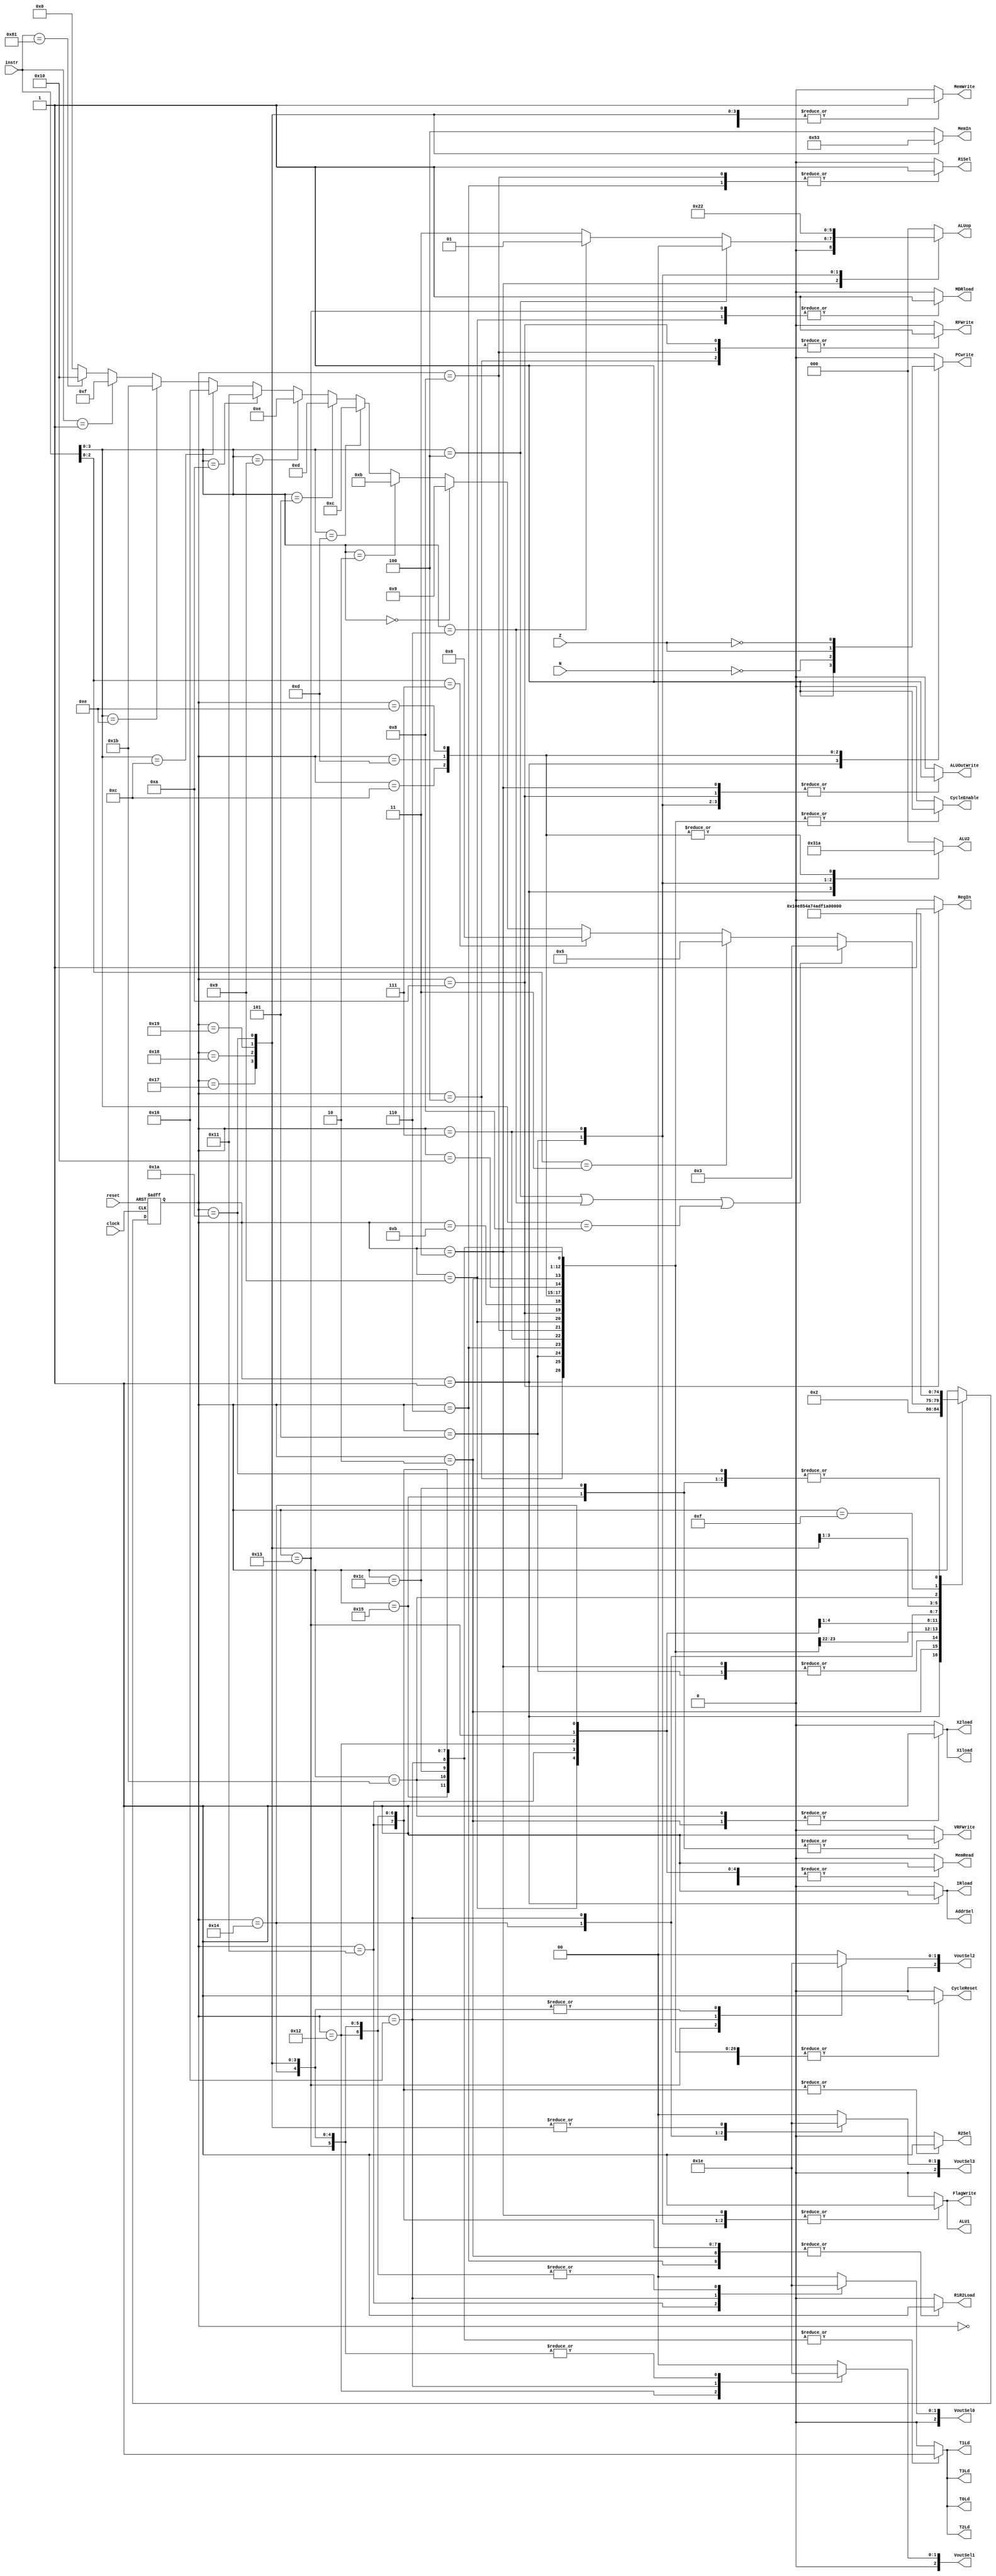
// ---------------------------------------------------------------------
// Copyright (c) 2007 by University of Toronto ECE 243 development team 
// ---------------------------------------------------------------------
//
// Major Functions:	control processor's datapath
// 
// Input(s):	1. instr: input is used to determine states
//				2. N: if branches, input is used to determine if
//					  negative condition is true
//				3. Z: if branches, input is used to determine if 
//					  zero condition is true
//
// Output(s):	control signals
//
//				** More detail can be found on the course note under
//				   "Multi-Cycle Implementation: The Control Unit"
//
// ---------------------------------------------------------------------

module FSM
(
reset, instr, clock,
N, Z,
PCwrite, AddrSel, MemRead,
MemWrite, IRload, R1Sel, MDRload,
R1R2Load, ALU1, ALU2, ALUop,
ALUOutWrite, RFWrite, RegIn, FlagWrite, CycleReset, CycleEnable,// vector extension:
MemIn, VRFWrite, X1load, X2load, T0Ld, T1Ld, T2Ld, T3Ld, VoutSel0, VoutSel1, VoutSel2, VoutSel3, R2Sel//, state
);
	input	[7:0] instr;
	input	N, Z;
	input	reset, clock;
	output	PCwrite, AddrSel, MemRead, MemWrite, IRload, R1Sel, MDRload;
	output	R1R2Load, ALU1, ALUOutWrite, RFWrite, RegIn, FlagWrite, CycleReset, CycleEnable;
	output	[2:0] ALU2, ALUop;
	// vector stuff
	output [2:0] MemIn; 
	output VRFWrite, X1load, X2load, T0Ld, T1Ld, T2Ld, T3Ld,R2Sel; 
	output [2:0]VoutSel0, VoutSel1, VoutSel2, VoutSel3;
	
	//output	[3:0] state;
	
	reg [4:0]	state;
	reg	PCwrite, AddrSel, MemRead, MemWrite, IRload, R1Sel, MDRload;
	reg	R1R2Load, ALU1, ALUOutWrite, RFWrite, RegIn, FlagWrite, CycleReset, CycleEnable;
	reg	[2:0] ALU2, ALUop;
	// vector stuff
	reg [2:0] MemIn; 
	reg VRFWrite, X1load, X2load, T0Ld, T1Ld, T2Ld, T3Ld, R2Sel;
	reg [2:0] VoutSel0, VoutSel1, VoutSel2, VoutSel3;
	
	// state constants (note: asn = add/sub/nand, asnsh = add/sub/nand/shift)
	parameter [4:0] reset_s = 0, c1 = 1, c2 = 2, c3_asn = 3,
					c4_asnsh = 4, c3_shift = 5, c3_ori = 6,
					c4_ori = 7, c5_ori = 8, c3_load = 9, c4_load = 10,
					c3_store = 11, c3_bpz = 12, c3_bz = 13, c3_bnz = 14,
					c3_stop=15,c3_nop = 16, c3_vload = 17, c4_vload = 18,
					c5_vload = 19, c6_vload = 20, c7_vload = 21, c3_vstore = 22, c4_vstore = 23, c5_vstore = 24, c6_vstore = 25, c7_vstore = 26, c3_vadd = 27, c4_vadd = 28;
	
	// determines the next state based upon the current state; supports
	// asynchronous reset
	always @(posedge clock or posedge reset)
	begin
		if (reset) state = reset_s;
		else
		begin
			case(state)
				reset_s:	state = c1; 		// reset state
				c1:			state = c2; 		// cycle 1
				c2:			begin				// cycle 2
								if(instr[3:0] == 4'b0100 | instr[3:0] == 4'b0110 | instr[3:0] == 4'b1000) state = c3_asn;
								else if( instr[2:0] == 3'b011 ) state = c3_shift;
								else if( instr[2:0] == 3'b111 ) state = c3_ori;
								else if( instr[3:0] == 4'b0000 ) state = c3_load;
								else if( instr[3:0] == 4'b0010 ) state = c3_store;
								else if( instr[3:0] == 4'b1101 ) state = c3_bpz;
								else if( instr[3:0] == 4'b0101 ) state = c3_bz;
								else if( instr[3:0] == 4'b1001 ) state = c3_bnz;
								// vector extension
								else if( instr[3:0] == 4'b1010 ) state = c3_vload;
								else if( instr[3:0] == 4'b1100 ) state = c3_vstore;
								else if( instr[3:0] == 4'b1110 ) state = c3_vadd;
								else if( instr == 8'b00000001 ) state = c3_stop;
								else if( instr == 8'b10000001 ) state = c3_nop;
								else state = 0;
							end
				c3_asn:		state = c4_asnsh;	// cycle 3: ADD SUB NAND
				c4_asnsh:	state = c1;			// cycle 4: ADD SUB NAND/SHIFT
				c3_shift:	state = c4_asnsh;	// cycle 3: SHIFT
				c3_ori:		state = c4_ori;		// cycle 3: ORI
				c4_ori:		state = c5_ori;		// cycle 4: ORI
				c5_ori:		state = c1;			// cycle 5: ORI
				c3_load:	state = c4_load;	// cycle 3: LOAD
				c4_load:	state = c1; 		// cycle 4: LOAD
				c3_store:	state = c1; 		// cycle 3: STORE
				c3_bpz:		state = c1; 		// cycle 3: BPZ
				c3_bz:		state = c1; 		// cycle 3: BZ
				c3_bnz:		state = c1; 		// cycle 3: BNZ
				// vector extension stuff
				c3_vload:		state = c4_vload;
				c4_vload:		state = c5_vload;
				c5_vload:		state = c6_vload;
				c6_vload:		state = c7_vload;
				c7_vload:		state = c1;
				c3_vstore:		state = c4_vstore;
				c4_vstore:		state = c5_vstore;
				c5_vstore:		state = c6_vstore;
				c6_vstore:		state = c7_vstore;
				c7_vstore:		state = c1;
				c3_vadd:		state = c4_vadd;
				c4_vadd:		state = c1;
				c3_stop:	state = c3_stop; 	// cycle 3: STOP, branch to stop
				c3_nop:		state = c1; 		// cycle 3: NOP, on to next cycle
			endcase
		end
	end

	// sets the control sequences based upon the current state and instruction
	always @(*)
	begin
		case (state)
			reset_s:	//control = 19'b0000000000000000000;
				begin
					PCwrite = 0;
					AddrSel = 0;
					MemRead = 0;
					MemWrite = 0;
					IRload = 0;
					R1Sel = 0;
					MDRload = 0;
					R1R2Load = 0;
					ALU1 = 0;
					ALU2 = 3'b000;
					ALUop = 3'b000;
					ALUOutWrite = 0;
					RFWrite = 0;
					RegIn = 0;
					FlagWrite = 0;
					CycleReset = 0;
					CycleEnable = 0;
					MemIn = 3'b100;
					VRFWrite = 0;
					X1load = 0; 
					X2load = 0;
					T0Ld = 0; 
					T1Ld = 0; 
					T2Ld = 0;
					T3Ld = 0;
					VoutSel0 = 0;
					VoutSel1 = 0;
					VoutSel2 = 0;	
					VoutSel3 = 0;					
					R2Sel = 0;
				end					
			c1: 		//control = 19'b1110100000010000000;
				begin
					PCwrite = 1;
					AddrSel = 1;
					MemRead = 1;
					MemWrite = 0;
					IRload = 1;
					R1Sel = 0;
					MDRload = 0;
					R1R2Load = 0;
					ALU1 = 0;
					ALU2 = 3'b001;
					ALUop = 3'b000;
					ALUOutWrite = 0;
					RFWrite = 0;
					RegIn = 0;
					FlagWrite = 0;
					CycleReset = 1;
					CycleEnable = 1;
					MemIn = 3'b100;
					VRFWrite = 0;
					X1load = 0; 
					X2load = 0;
					T0Ld = 0; 
					T1Ld = 0; 
					T2Ld = 0;
					T3Ld = 0;
					VoutSel0 = 0;
					VoutSel1 = 0;
					VoutSel2 = 0;	
					VoutSel3 = 0;	
					R2Sel = 0;
				end	
			c2: 		//control = 19'b0000000100000000000;
				begin
					PCwrite = 0;
					AddrSel = 0;
					MemRead = 0;
					MemWrite = 0;
					IRload = 0;
					R1Sel = 0;
					MDRload = 0;
					R1R2Load = 1;
					ALU1 = 0;
					ALU2 = 3'b000;
					ALUop = 3'b000;
					ALUOutWrite = 0;
					RFWrite = 0;
					RegIn = 0;
					FlagWrite = 0;
					CycleReset = 1;
					CycleEnable = 1;
					MemIn = 3'b100;
					VRFWrite = 0;
					X1load = 1; 
					X2load = 1;
					T0Ld = 0; 
					T1Ld = 0; 
					T2Ld = 0;
					T3Ld = 0;
					VoutSel0 = 0;
					VoutSel1 = 0;
					VoutSel2 = 0;	
					VoutSel3 = 0;	
					R2Sel = 0;
				end
			c3_asn:		begin
							if ( instr[3:0] == 4'b0100 ) 		// add
								//control = 19'b0000000010000001001;
							begin
								PCwrite = 0;
								AddrSel = 0;
								MemRead = 0;
								MemWrite = 0;
								IRload = 0;
								R1Sel = 0;
								MDRload = 0;
								R1R2Load = 0;
								ALU1 = 1;
								ALU2 = 3'b000;
								ALUop = 3'b000;
								ALUOutWrite = 1;
								RFWrite = 0;
								RegIn = 0;
								FlagWrite = 1;
								CycleReset = 1;
								CycleEnable = 1;
								MemIn = 3'b100;
								VRFWrite = 0;
								X1load = 0; 
								X2load = 0;
								T0Ld = 0; 
								T1Ld = 0; 
								T2Ld = 0;
								T3Ld = 0;
								VoutSel0 = 0;
								VoutSel1 = 0;
								VoutSel2 = 0;	
								VoutSel3 = 0;	
								R2Sel = 0;
							end	
							else if ( instr[3:0] == 4'b0110 ) 	// sub
								//control = 19'b0000000010000011001;
							begin
								PCwrite = 0;
								AddrSel = 0;
								MemRead = 0;
								MemWrite = 0;
								IRload = 0;
								R1Sel = 0;
								MDRload = 0;
								R1R2Load = 0;
								ALU1 = 1;
								ALU2 = 3'b000;
								ALUop = 3'b001;
								ALUOutWrite = 1;
								RFWrite = 0;
								RegIn = 0;
								FlagWrite = 1;
								CycleReset = 1;
								CycleEnable = 1;
								MemIn = 3'b100;
								VRFWrite = 0;
								X1load = 0; 
								X2load = 0;
								T0Ld = 0; 
								T1Ld = 0; 
								T2Ld = 0;
								T3Ld = 0;
								VoutSel0 = 0;
								VoutSel1 = 0;
								VoutSel2 = 0;	
								VoutSel3 = 0;	
								R2Sel = 0;
							end
							else 							// nand
								//control = 19'b0000000010000111001;
							begin
								PCwrite = 0;
								AddrSel = 0;
								MemRead = 0;
								MemWrite = 0;
								IRload = 0;
								R1Sel = 0;
								MDRload = 0;
								R1R2Load = 0;
								ALU1 = 1;
								ALU2 = 3'b000;
								ALUop = 3'b011;
								ALUOutWrite = 1;
								RFWrite = 0;
								RegIn = 0;
								FlagWrite = 1;
								CycleReset = 1;
								CycleEnable = 1;
								MemIn = 3'b100;
								VRFWrite = 0;
								X1load = 0; 
								X2load = 0;
								T0Ld = 0; 
								T1Ld = 0; 
								T2Ld = 0;
								T3Ld = 0;
								VoutSel0 = 0;
								VoutSel1 = 0;
								VoutSel2 = 0;	
								VoutSel3 = 0;	
								R2Sel = 0;
							end
				   		end
			c4_asnsh: 	//control = 19'b0000000000000000100;
				begin
					PCwrite = 0;
					AddrSel = 0;
					MemRead = 0;
					MemWrite = 0;
					IRload = 0;
					R1Sel = 0;
					MDRload = 0;
					R1R2Load = 0;
					ALU1 = 0;
					ALU2 = 3'b000;
					ALUop = 3'b000;
					ALUOutWrite = 0;
					RFWrite = 1;
					RegIn = 0;
					FlagWrite = 0;
					CycleReset = 1;
					CycleEnable = 1;
					MemIn = 3'b100;
					VRFWrite = 0;
					X1load = 0; 
					X2load = 0;
					T0Ld = 0; 
					T1Ld = 0; 
					T2Ld = 0;
					T3Ld = 0;
					VoutSel0 = 0;
					VoutSel1 = 0;
					VoutSel2 = 0;	
					VoutSel3 = 0;	 
					R2Sel = 0;
				end
			c3_shift: 	//control = 19'b0000000011001001001;
				begin
					PCwrite = 0;
					AddrSel = 0;
					MemRead = 0;
					MemWrite = 0;
					IRload = 0;
					R1Sel = 0;
					MDRload = 0;
					R1R2Load = 0;
					ALU1 = 1;
					ALU2 = 3'b100;
					ALUop = 3'b100;
					ALUOutWrite = 1;
					RFWrite = 0;
					RegIn = 0;
					FlagWrite = 1;
					CycleReset = 1;
					CycleEnable = 1;
					MemIn = 3'b100;
					VRFWrite = 0;
					X1load = 0; 
					X2load = 0;
					T0Ld = 0; 
					T1Ld = 0; 
					T2Ld = 0;
					T3Ld = 0;
					VoutSel0 = 0;
					VoutSel1 = 0;
					VoutSel2 = 0;	
					VoutSel3 = 0;	
					R2Sel = 0;
				end
			c3_ori: 	//control = 19'b0000010100000000000;
				begin
					PCwrite = 0;
					AddrSel = 0;
					MemRead = 0;
					MemWrite = 0;
					IRload = 0;
					R1Sel = 1;
					MDRload = 0;
					R1R2Load = 1;
					ALU1 = 0;
					ALU2 = 3'b000;
					ALUop = 3'b000;
					ALUOutWrite = 0;
					RFWrite = 0;
					RegIn = 0;
					FlagWrite = 0;
					CycleReset = 1;
					CycleEnable = 1;
					MemIn = 3'b100;
					VRFWrite = 0;
					X1load = 0; 
					X2load = 0;
					T0Ld = 0; 
					T1Ld = 0; 
					T2Ld = 0;
					T3Ld = 0;
					VoutSel0 = 0;
					VoutSel1 = 0;
					VoutSel2 = 0;	
					VoutSel3 = 0;	
					R2Sel = 0;
				end
			c4_ori: 	//control = 19'b0000000010110101001;
				begin
					PCwrite = 0;
					AddrSel = 0;
					MemRead = 0;
					MemWrite = 0;
					IRload = 0;
					R1Sel = 0;
					MDRload = 0;
					R1R2Load = 0;
					ALU1 = 1;
					ALU2 = 3'b011;
					ALUop = 3'b010;
					ALUOutWrite = 1;
					RFWrite = 0;
					RegIn = 0;
					FlagWrite = 1;
					CycleReset = 1;
					CycleEnable = 1;
					MemIn = 3'b100;
					VRFWrite = 0;
					X1load = 0; 
					X2load = 0;
					T0Ld = 0; 
					T1Ld = 0; 
					T2Ld = 0;
					T3Ld = 0;
					VoutSel0 = 0;
					VoutSel1 = 0;
					VoutSel2 = 0;	
					VoutSel3 = 0;	 
					R2Sel = 0;
				end
			c5_ori: 	//control = 19'b0000010000000000100;
				begin
					PCwrite = 0;
					AddrSel = 0;
					MemRead = 0;
					MemWrite = 0;
					IRload = 0;
					R1Sel = 1;
					MDRload = 0;
					R1R2Load = 0;
					ALU1 = 0;
					ALU2 = 3'b000;
					ALUop = 3'b000;
					ALUOutWrite = 0;
					RFWrite = 1;
					RegIn = 0;
					FlagWrite = 0;
					CycleReset = 1;
					CycleEnable = 1;
					MemIn = 3'b100;
					VRFWrite = 0;
					X1load = 0; 
					X2load = 0;
					T0Ld = 0; 
					T1Ld = 0; 
					T2Ld = 0;
					T3Ld = 0;
					VoutSel0 = 0;
					VoutSel1 = 0;
					VoutSel2 = 0;	
					VoutSel3 = 0;	 
					R2Sel = 0;
				end
			c3_load: 	//control = 19'b0010001000000000000;
				begin
					PCwrite = 0;
					AddrSel = 0;
					MemRead = 1;
					MemWrite = 0;
					IRload = 0;
					R1Sel = 0;
					MDRload = 1;
					R1R2Load = 0;
					ALU1 = 0;
					ALU2 = 3'b000;
					ALUop = 3'b000;
					ALUOutWrite = 0;
					RFWrite = 0;
					RegIn = 0;
					FlagWrite = 0;
					CycleReset = 1;
					CycleEnable = 1;
					MemIn = 3'b100;
					VRFWrite = 0;
					X1load = 0; 
					X2load = 0;
					T0Ld = 0; 
					T1Ld = 0; 
					T2Ld = 0;
					T3Ld = 0;
					VoutSel0 = 0;
					VoutSel1 = 0;
					VoutSel2 = 0;	
					VoutSel3 = 0;	
					R2Sel = 0;
				end
			c4_load: 	//control = 19'b0000000000000001110;
				begin
					PCwrite = 0;
					AddrSel = 0;
					MemRead = 0;
					MemWrite = 0;
					IRload = 0;
					R1Sel = 0;
					MDRload = 0;
					R1R2Load = 0;
					ALU1 = 0;
					ALU2 = 3'b000;
					ALUop = 3'b000;
					ALUOutWrite = 1;
					RFWrite = 1;
					RegIn = 1;
					FlagWrite = 0;
					CycleReset = 1;
					CycleEnable = 1;
					MemIn = 3'b100;
					VRFWrite = 0;
					X1load = 0; 
					X2load = 0;
					T0Ld = 0; 
					T1Ld = 0; 
					T2Ld = 0;
					T3Ld = 0;
					VoutSel0 = 0;
					VoutSel1 = 0;
					VoutSel2 = 0;	
					VoutSel3 = 0;	
					R2Sel = 0;
				end
			c3_store: 	//control = 19'b0001000000000000000;
				begin
					PCwrite = 0;
					AddrSel = 0;
					MemRead = 0;
					MemWrite = 1;
					IRload = 0;
					R1Sel = 0;
					MDRload = 0;
					R1R2Load = 0;
					ALU1 = 0;
					ALU2 = 3'b000;
					ALUop = 3'b000;
					ALUOutWrite = 0;
					RFWrite = 0;
					RegIn = 0;
					FlagWrite = 0;
					CycleReset = 1;
					CycleEnable = 1;
					MemIn = 3'b100;
					VRFWrite = 0;
					X1load = 0; 
					X2load = 0;
					T0Ld = 0; 
					T1Ld = 0; 
					T2Ld = 0;
					T3Ld = 0;
					VoutSel0 = 0;
					VoutSel1 = 0;
					VoutSel2 = 0;	
					VoutSel3 = 0;	
					R2Sel = 0;
				end
			c3_bpz: 	//control = {~N,18'b000000000100000000};
				begin
					PCwrite = ~N;
					AddrSel = 0;
					MemRead = 0;
					MemWrite = 0;
					IRload = 0;
					R1Sel = 0;
					MDRload = 0;
					R1R2Load = 0;
					ALU1 = 0;
					ALU2 = 3'b010;
					ALUop = 3'b000;
					ALUOutWrite = 0;
					RFWrite = 0;
					RegIn = 0;
					FlagWrite = 0;
					CycleReset = 1;
					CycleEnable = 1;
					MemIn = 3'b100;
					VRFWrite = 0;
					X1load = 0; 
					X2load = 0;
					T0Ld = 0; 
					T1Ld = 0; 
					T2Ld = 0;
					T3Ld = 0;
					VoutSel0 = 0;
					VoutSel1 = 0;
					VoutSel2 = 0;	
					VoutSel3 = 0;	 
					R2Sel = 0;
				end
			c3_bz: 		//control = {Z,18'b000000000100000000};
				begin
					PCwrite = Z;
					AddrSel = 0;
					MemRead = 0;
					MemWrite = 0;
					IRload = 0;
					R1Sel = 0;
					MDRload = 0;
					R1R2Load = 0;
					ALU1 = 0;
					ALU2 = 3'b010;
					ALUop = 3'b000;
					ALUOutWrite = 0;
					RFWrite = 0;
					RegIn = 0;
					FlagWrite = 0;
					CycleReset = 1;
					CycleEnable = 1;
					MemIn = 3'b100;
					VRFWrite = 0;
					X1load = 0; 
					X2load = 0;
					T0Ld = 0; 
					T1Ld = 0; 
					T2Ld = 0;
					T3Ld = 0;
					VoutSel0 = 0;
					VoutSel1 = 0;
					VoutSel2 = 0;	
					VoutSel3 = 0;	 
					R2Sel = 0;
				end
			c3_bnz: 	//control = {~Z,18'b000000000100000000};
				begin
					PCwrite = ~Z;
					AddrSel = 0;
					MemRead = 0;
					MemWrite = 0;
					IRload = 0;
					R1Sel = 0;
					MDRload = 0;
					R1R2Load = 0;
					ALU1 = 0;
					ALU2 = 3'b010;
					ALUop = 3'b000;
					ALUOutWrite = 0;
					RFWrite = 0;
					RegIn = 0;
					FlagWrite = 0;
					CycleReset = 1;
					CycleEnable = 1;
					MemIn = 3'b100;
					VRFWrite = 0;
					X1load = 0; 
					X2load = 0;
					T0Ld = 0; 
					T1Ld = 0; 
					T2Ld = 0;
					T3Ld = 0;
					VoutSel0 = 0;
					VoutSel1 = 0;
					VoutSel2 = 0;	
					VoutSel3 = 0;	
					R2Sel = 0;
				end
			// vector extension
			c3_vload: 	//control = 19'b0010001000000000000;
				begin
					PCwrite = 0;
					AddrSel = 0;
					MemRead = 1;
					MemWrite = 0;
					IRload = 0;
					R1Sel = 0;
					MDRload = 0;
					R1R2Load = 1;
					ALU1 = 0;
					ALU2 = 3'b000;
					ALUop = 3'b000;
					ALUOutWrite = 0;
					RFWrite = 0;
					RegIn = 0;
					FlagWrite = 0;
					CycleReset = 1;
					CycleEnable = 1;
					MemIn = 3'b100;
					VRFWrite = 0;
					X1load = 0; 
					X2load = 0;
					T0Ld = 1; 
					T1Ld = 1; 
					T2Ld = 1;
					T3Ld = 1;
					VoutSel0 = 1;
					VoutSel1 = 0;
					VoutSel2 = 0;	
					VoutSel3 = 0;	
					R2Sel = 1;
				end
			c4_vload: 	//control = 19'b0000000000000001110;
				begin
					PCwrite = 0;
					AddrSel = 0;
					MemRead = 1;
					MemWrite = 0;
					IRload = 0;
					R1Sel = 0;
					MDRload = 0;
					R1R2Load = 1;
					ALU1 = 0;
					ALU2 = 3'b000;
					ALUop = 3'b000;
					ALUOutWrite = 0;
					RFWrite = 0;
					RegIn = 0;
					FlagWrite = 0;
					CycleReset = 1;
					CycleEnable = 1;
					MemIn = 3'b100;
					VRFWrite = 0;
					X1load = 0; 
					X2load = 0;
					T0Ld = 1; 
					T1Ld = 1; 
					T2Ld = 1;
					T3Ld = 1;
					VoutSel0 = 3'b010;
					VoutSel1 = 1;
					VoutSel2 = 0;	
					VoutSel3 = 0;	
					R2Sel = 1;
				end
			c5_vload: 	//control = 19'b0000000000000001110;
				begin
					PCwrite = 0;
					AddrSel = 0;
					MemRead = 1;
					MemWrite = 0;
					IRload = 0;
					R1Sel = 0;
					MDRload =01;
					R1R2Load = 1;
					ALU1 = 0;
					ALU2 = 3'b000;
					ALUop = 3'b000;
					ALUOutWrite = 0;
					RFWrite = 0;
					RegIn = 0;
					FlagWrite = 0;
					CycleReset = 1;
					CycleEnable = 1;
					MemIn = 3'b100;
					VRFWrite = 0;
					X1load = 0; 
					X2load = 0;
					T0Ld = 1; 
					T1Ld = 1; 
					T2Ld = 1;
					T3Ld = 1;
					VoutSel0 = 3'b010;
					VoutSel1 = 3'b010;
					VoutSel2 = 1;	
					VoutSel3 = 0;	
					R2Sel = 1;
				end
			c6_vload: 	//control = 19'b0000000000000001110;
				begin
					PCwrite = 0;
					AddrSel = 0;
					MemRead = 1;
					MemWrite = 0;
					IRload = 0;
					R1Sel = 0;
					MDRload = 0;
					R1R2Load = 1;
					ALU1 = 0;
					ALU2 = 3'b000;
					ALUop = 3'b000;
					ALUOutWrite = 0;
					RFWrite = 0;
					RegIn = 0;
					FlagWrite = 0;
					CycleReset = 1;
					CycleEnable = 1;
					MemIn = 3'b100;
					VRFWrite = 0;
					X1load = 0; 
					X2load = 0;
					T0Ld = 1; 
					T1Ld = 1; 
					T2Ld = 1;
					T3Ld = 1;
					VoutSel0 = 3'b010;
					VoutSel1 = 3'b010;
					VoutSel2 = 3'b010;	
					VoutSel3 = 1;	
					R2Sel = 1;
				end
			c7_vload: 	//control = 19'b0000000000000001110;
				begin
					PCwrite = 0;
					AddrSel = 0;
					MemRead = 0;
					MemWrite = 0;
					IRload = 0;
					R1Sel = 0;
					MDRload = 0;
					R1R2Load = 0;
					ALU1 = 0;
					ALU2 = 3'b000;
					ALUop = 3'b000;
					ALUOutWrite = 0;
					RFWrite = 0;
					RegIn = 0;
					FlagWrite = 0;
					CycleReset = 1;
					CycleEnable = 1;
					MemIn = 3'b100;
					VRFWrite = 1;
					X1load = 0; 
					X2load = 0;
					T0Ld = 1; 
					T1Ld = 1; 
					T2Ld = 1;
					T3Ld = 1;
					VoutSel0 = 0;
					VoutSel1 = 0;
					VoutSel2 = 0;	
					VoutSel3 = 0;	
					R2Sel = 0;
				end
			c3_vstore: 	//control = 19'b0000000000000001110;
				begin
					PCwrite = 0;
					AddrSel = 0;
					MemRead = 0;
					MemWrite = 0;
					IRload = 0;
					R1Sel = 0;
					MDRload = 0;
					R1R2Load = 0;
					ALU1 = 0;
					ALU2 = 3'b000;
					ALUop = 3'b000;
					ALUOutWrite = 0;
					RFWrite = 0;
					RegIn = 0;
					FlagWrite = 0;
					CycleReset = 1;
					CycleEnable = 1;
					MemIn = 3'b100;
					VRFWrite = 0;
					X1load = 0; 
					X2load = 0;
					T0Ld = 1; 
					T1Ld = 1; 
					T2Ld = 1;
					T3Ld = 1;
					VoutSel0 = 3'b011;
					VoutSel1 = 3'b011;
					VoutSel2 = 3'b011;	
					VoutSel3 = 3'b011;	
					R2Sel = 0;
				end
			c4_vstore: 	//control = 19'b0000000000000001110;
				begin
					PCwrite = 0;
					AddrSel = 0;
					MemRead = 0;
					MemWrite = 1;
					IRload = 0;
					R1Sel = 0;
					MDRload = 0;
					R1R2Load = 1;
					ALU1 = 0;
					ALU2 = 3'b000;
					ALUop = 3'b000;
					ALUOutWrite = 0;
					RFWrite = 0;
					RegIn = 0;
					FlagWrite = 0;
					CycleReset = 1;
					CycleEnable = 1;
					MemIn = 3'b000;
					VRFWrite = 0;
					X1load = 0; 
					X2load = 0;
					T0Ld = 1; 
					T1Ld = 1; 
					T2Ld = 1;
					T3Ld = 1;
					VoutSel0 = 3'b010;
					VoutSel1 = 3'b010;
					VoutSel2 = 3'b010;	
					VoutSel3 = 3'b010;	
					R2Sel = 1;
				end
			c5_vstore: 	//control = 19'b0000000000000001110;
				begin
					PCwrite = 0;
					AddrSel = 0;
					MemRead = 0;
					MemWrite = 1;
					IRload = 0;
					R1Sel = 0;
					MDRload = 0;
					R1R2Load = 1;
					ALU1 = 0;
					ALU2 = 3'b000;
					ALUop = 3'b000;
					ALUOutWrite = 0;
					RFWrite = 0;
					RegIn = 0;
					FlagWrite = 0;
					CycleReset = 1;
					CycleEnable = 1;
					MemIn = 3'b001;
					VRFWrite = 0;
					X1load = 0; 
					X2load = 0;
					T0Ld = 1; 
					T1Ld = 1; 
					T2Ld = 1;
					T3Ld = 1;
					VoutSel0 = 3'b010;
					VoutSel1 = 3'b010;
					VoutSel2 = 3'b010;	
					VoutSel3 = 3'b010;	
					R2Sel = 1;
				end
			c6_vstore: 	//control = 19'b0000000000000001110;
				begin
					PCwrite = 0;
					AddrSel = 0;
					MemRead = 0;
					MemWrite = 1;
					IRload = 0;
					R1Sel = 0;
					MDRload = 0;
					R1R2Load = 1;
					ALU1 = 0;
					ALU2 = 3'b000;
					ALUop = 3'b000;
					ALUOutWrite = 0;
					RFWrite = 0;
					RegIn = 0;
					FlagWrite = 0;
					CycleReset = 1;
					CycleEnable = 1;
					MemIn = 3'b010;
					VRFWrite = 0;
					X1load = 0; 
					X2load = 0;
					T0Ld = 1; 
					T1Ld = 1; 
					T2Ld = 1;
					T3Ld = 1;
					VoutSel0 = 3'b010;
					VoutSel1 = 3'b010;
					VoutSel2 = 3'b010;	
					VoutSel3 = 3'b010;	
					R2Sel = 1;
				end
			c7_vstore: 	//control = 19'b0000000000000001110;
				begin
					PCwrite = 0;
					AddrSel = 0;
					MemRead = 0;
					MemWrite = 1;
					IRload = 0;
					R1Sel = 0;
					MDRload = 0;
					R1R2Load = 1;
					ALU1 = 0;
					ALU2 = 3'b000;
					ALUop = 3'b000;
					ALUOutWrite = 0;
					RFWrite = 0;
					RegIn = 0;
					FlagWrite = 0;
					CycleReset = 1;
					CycleEnable = 1;
					MemIn = 3'b011;
					VRFWrite = 0;
					X1load = 0; 
					X2load = 0;
					T0Ld = 1; 
					T1Ld = 1; 
					T2Ld = 1;
					T3Ld = 1;
					VoutSel0 = 3'b010;
					VoutSel1 = 3'b010;
					VoutSel2 = 3'b010;	
					VoutSel3 = 3'b010;	
					R2Sel = 1;
				end
			c3_vadd:
				begin
					PCwrite = 0;
					AddrSel = 0;
					MemRead = 0;
					MemWrite = 0;
					IRload = 0;
					R1Sel = 0;
					MDRload = 0;
					R1R2Load = 0;
					ALU1 = 0;
					ALU2 = 3'b000;
					ALUop = 3'b000;
					ALUOutWrite = 0;
					RFWrite = 0;
					RegIn = 0;
					FlagWrite = 0;
					CycleReset = 1;
					CycleEnable = 1;
					MemIn = 3'b100;
					VRFWrite = 0;
					X1load = 1; 
					X2load = 1;
					T0Ld = 1; 
					T1Ld = 1; 
					T2Ld = 1;
					T3Ld = 1;
					VoutSel0 = 0;
					VoutSel1 = 0;
					VoutSel2 = 0;	
					VoutSel3 = 0;	
					R2Sel = 0;
				end
			c4_vadd:
				begin
					PCwrite = 0;
					AddrSel = 0;
					MemRead = 0;
					MemWrite = 0;
					IRload = 0;
					R1Sel = 0;
					MDRload = 0;
					R1R2Load = 0;
					ALU1 = 0;
					ALU2 = 3'b000;
					ALUop = 3'b000;
					ALUOutWrite = 0;
					RFWrite = 0;
					RegIn = 0;
					FlagWrite = 0;
					CycleReset = 1;
					CycleEnable = 1;
					MemIn = 3'b100;
					VRFWrite = 1;
					X1load = 0; 
					X2load = 0;
					T0Ld = 1; 
					T1Ld = 1; 
					T2Ld = 1;
					T3Ld = 1;
					VoutSel0 = 0;
					VoutSel1 = 0;
					VoutSel2 = 0;	
					VoutSel3 = 0;	
					R2Sel = 0;
				end
			c3_stop: 	//all zeroes
				begin
					PCwrite = 0;
					AddrSel = 0;
					MemRead = 0;
					MemWrite = 0;
					IRload = 0;
					R1Sel = 0;
					MDRload = 0;
					R1R2Load = 0;
					ALU1 = 0;
					ALU2 = 3'b000;
					ALUop = 3'b000;
					ALUOutWrite = 0;
					RFWrite = 0;
					RegIn = 0;
					FlagWrite = 0;
					CycleReset = 1;
					CycleEnable = 0;
					MemIn = 3'b100;
					VRFWrite = 0;
					X1load = 0; 
					X2load = 0;
					T0Ld = 0; 
					T1Ld = 0; 
					T2Ld = 0;
					T3Ld = 0;
					VoutSel0 = 0;
					VoutSel1 = 0;
					VoutSel2 = 0;	
					VoutSel3 = 0;	
					R2Sel = 0;
				end
			c3_nop: 	//all zeroes
				begin
					PCwrite = 0;
					AddrSel = 0;
					MemRead = 0;
					MemWrite = 0;
					IRload = 0;
					R1Sel = 0;
					MDRload = 0;
					R1R2Load = 0;
					ALU1 = 0;
					ALU2 = 3'b000;
					ALUop = 3'b000;
					ALUOutWrite = 0;
					RFWrite = 0;
					RegIn = 0;
					FlagWrite = 0;
					CycleReset = 1;
					CycleEnable = 1;
					MemIn = 3'b100;
					VRFWrite = 0;
					X1load = 0; 
					X2load = 0;
					T0Ld = 0; 
					T1Ld = 0; 
					T2Ld = 0;
					T3Ld = 0;
					VoutSel0 = 0;
					VoutSel1 = 0;
					VoutSel2 = 0;	
					VoutSel3 = 0;	
					R2Sel = 0;
				end
			default:	//control = 19'b0000000000000000000;
				begin
					PCwrite = 0;
					AddrSel = 0;
					MemRead = 0;
					MemWrite = 0;
					IRload = 0;
					R1Sel = 0;
					MDRload = 0;
					R1R2Load = 0;
					ALU1 = 0;
					ALU2 = 3'b000;
					ALUop = 3'b000;
					ALUOutWrite = 0;
					RFWrite = 0;
					RegIn = 0;
					FlagWrite = 0;
					CycleReset = 0;
					CycleEnable = 0;
					MemIn = 3'b100;
					VRFWrite = 0;
					X1load = 0; 
					X2load = 0;
					T0Ld = 0; 
					T1Ld = 0; 
					T2Ld = 0;
					T3Ld = 0;
					VoutSel0 = 0;
					VoutSel1 = 0;
					VoutSel2 = 0;	
					VoutSel3 = 0;	
					R2Sel = 0;
				end
		endcase
	end
	
endmodule